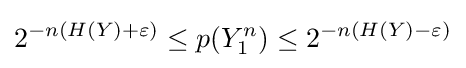
2^{-n(H(Y)+\varepsilon )}\leq p(Y_{1}^{n})\leq 2^{-n(H(Y)-\varepsilon )}